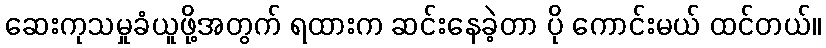
ဆေးကုသမှုခံယူဖို့အတွက် ရထားက ဆင်းနေခဲ့တာ ပို ကောင်းမယ် ထင်တယ်။